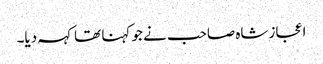
اعجاز شاہ صاحب نے جو کہنا تھا کہہ دیا۔